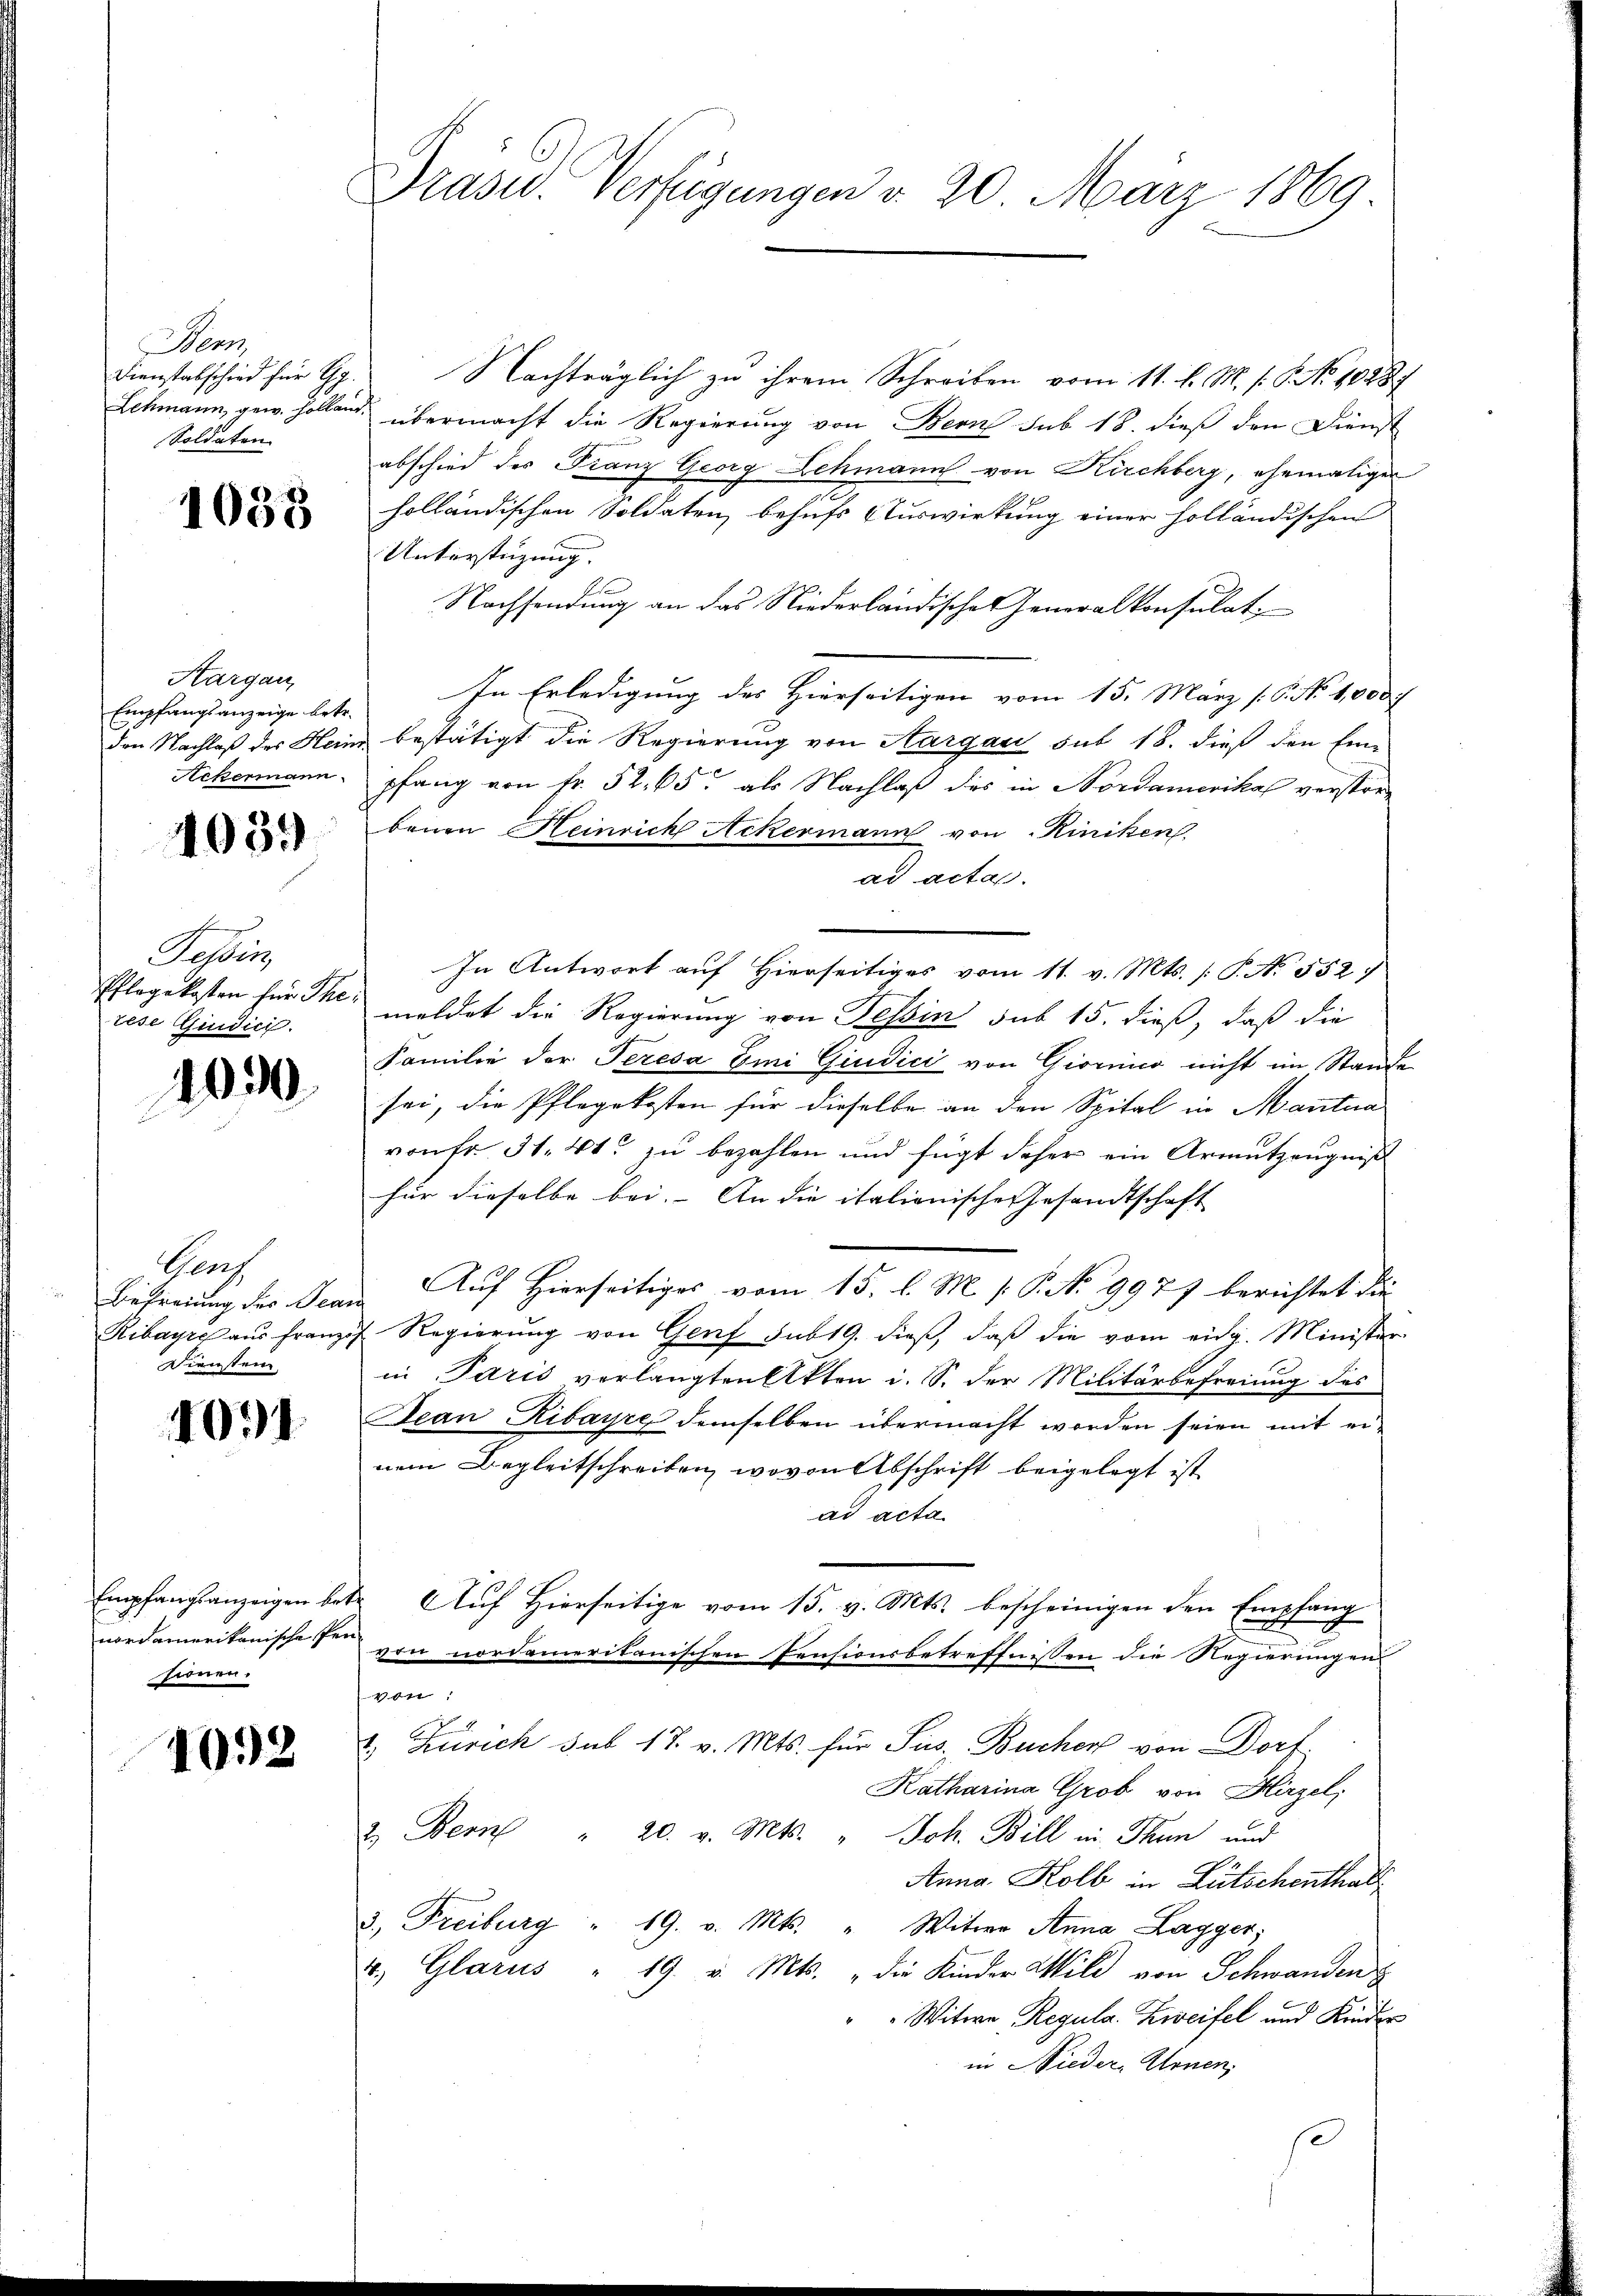
Her
Dienstabschied für G.
Soldaten

1038

Hargau,
Empfangsanzeige betr.
Ackermann

4039

Tessin,
tese Gudici

100

Genf
Befreiung des Bear
Ribayres aus Franz
Diensten

1091.

Empfangsanzeigen betr
nordamerikanische Per-
sienen.

40.2

Präsid. Verfügungen d. 20. März 1869

Nachträglich zu ihrem Schreiben vom 11. l. M. s. S. No 1028
Schmann, gew. Hollen übermacht die Regierung von Bern sub 18. dieß den Dienst
abschied der Franz Georg Lehmann von Kirchberg, ehemaliger
holländischen Soldaten behufs Auswirkung einer holländischen
Unterstüzung.
Nachsendung an das Niederländische Generalkonsulat
In Erledigung des Hierseitigen vom 15. März /: P. No 1,000
den Nachlaß des Heine bestätigt die Regierung von Aargau sub 18. dieß den Ein-
pfang von Fr. 52. 65. als Nachlaß des in Nordamerika verstorbauen Heinrich Ackermann von Hiniken.
ad acta.
In Antwort auf Hierseitiges vom 11. v. Mts. /: P. No. 552)
Pflegekosten für The, meldet die Regierung von Tessin sub 15. dieß, daß die
Familie der Teresa Emi Giudici von Giornico nicht im Stande
sei, die Pflegekosten für dieselbe an den Spital in Mantna
von fr. 31. 41 zu bezahlen und fügt daher ein Armutzeugniß
für dieselbe bei. An die italienische Gesandtschaft |
Auf Hierseitiges vom 15. l. M. v. P. No 9977 berichtet die
7. Regierung von Genf sub 19. dieß, daß die vom eidg. Minister
in Paris vorlangten Akten i. S. der Militärbefreiung des
Aean Ribayre demselben übermacht worden seien mit einem Begleitschreiben, wovon Abschrift beigelegt ist
ad acta
 Auf Hierseitige vom 15. v. Mts. bescheinigen den Empfang
von nordameritanischen Pensionsbetreffnissen die Regierungen
von:
2. Zürich sub 17. v. Mts. für Sus. Bucher von Dorf.
Katharina Grob von Hirzel,
2. Bern " 20. v. Mts. " Joh. Bill in Thun und
Anna Kolb in Lütschenthal
3.) Freiburg " 19. v. Mts. " Witwe Anna Lagyer;
u. Glarus " 19. v. Mts. die Kinder Wild von Schwanden
Witwe Regula. Zweifel und Kinder
in Nieder Atonen,
s